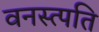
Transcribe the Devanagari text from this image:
वनस्त्पति